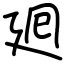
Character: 𢌞